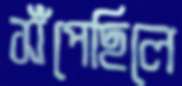
সঁপেছিলে